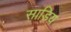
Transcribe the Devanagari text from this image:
साडिय